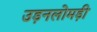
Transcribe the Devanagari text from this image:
उड़नलोमड़ी